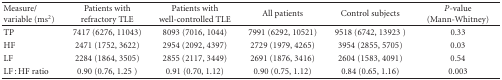
| Measure/variable (ms2) | Patients with refractory TLE | Patients with well-controlled TLE | All patients | Control subjects | P-value (Mann-Whitney) |
 | --- | --- | --- | --- | --- | --- |
 | TP | 7417 (6276, 11043) | 8093 (7016, 1044) | 7991 (6292, 10521) | 9518 (6742, 13923 ) | 0.33 |
 | HF | 2471 (1752, 3622) | 2954 (2092, 4397) | 2729 (1979, 4265) | 3954 (2855, 5705) | 0.03 |
 | LF | 2284 (1864, 3505) | 2855 (2117, 3449) | 2691 (1876, 3416) | 2604 (1583, 4091) | 0.54 |
 | LF : HF ratio | 0.90 (0.76, 1.25 ) | 0.91 (0.70, 1.12) | 0.90 (0.75, 1.12) | 0.84 (0.65, 1.16) | 0.003 |